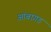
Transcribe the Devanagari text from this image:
आंबागड